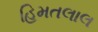
હિમતલાલ